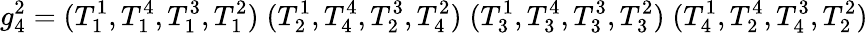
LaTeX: g_{4}^{2}=(T_{1}^{1},T_{1}^{4},T_{1}^{3},T_{1}^{2})\; (T_{2}^{1},T_{4}^{4},T_{2}^{3},T_{4}^{2})\; (T_{3}^{1},T_{3}^{4},T_{3}^{3},T_{3}^{2})\; (T_{4}^{1},T_{2}^{4},T_{4}^{3},T_{2}^{2})